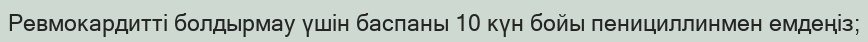
Ревмокардитті болдырмау үшін баспаны 10 күн бойы пенициллинмен емдеңіз;